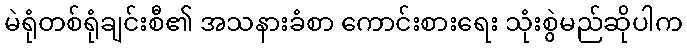
မဲရုံတစ်ရုံချင်းစီ၏ အသနားခံစာ ကောင်းစားရေး သုံးစွဲမည်ဆိုပါက